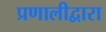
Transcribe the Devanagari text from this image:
प्रणालीद्वारा